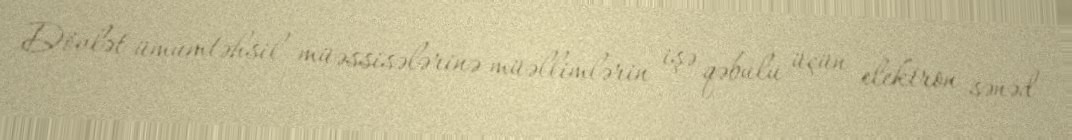
Dövlət ümumtəhsil müəssisələrinə müəllimlərin işə qəbulu üçün elektron sənəd